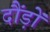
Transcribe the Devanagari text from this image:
दौंड़ों